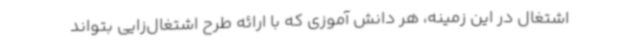
اشتغال در این زمینه، هر دانش آموزی که با ارائه طرح اشتغال‌زایی بتواند